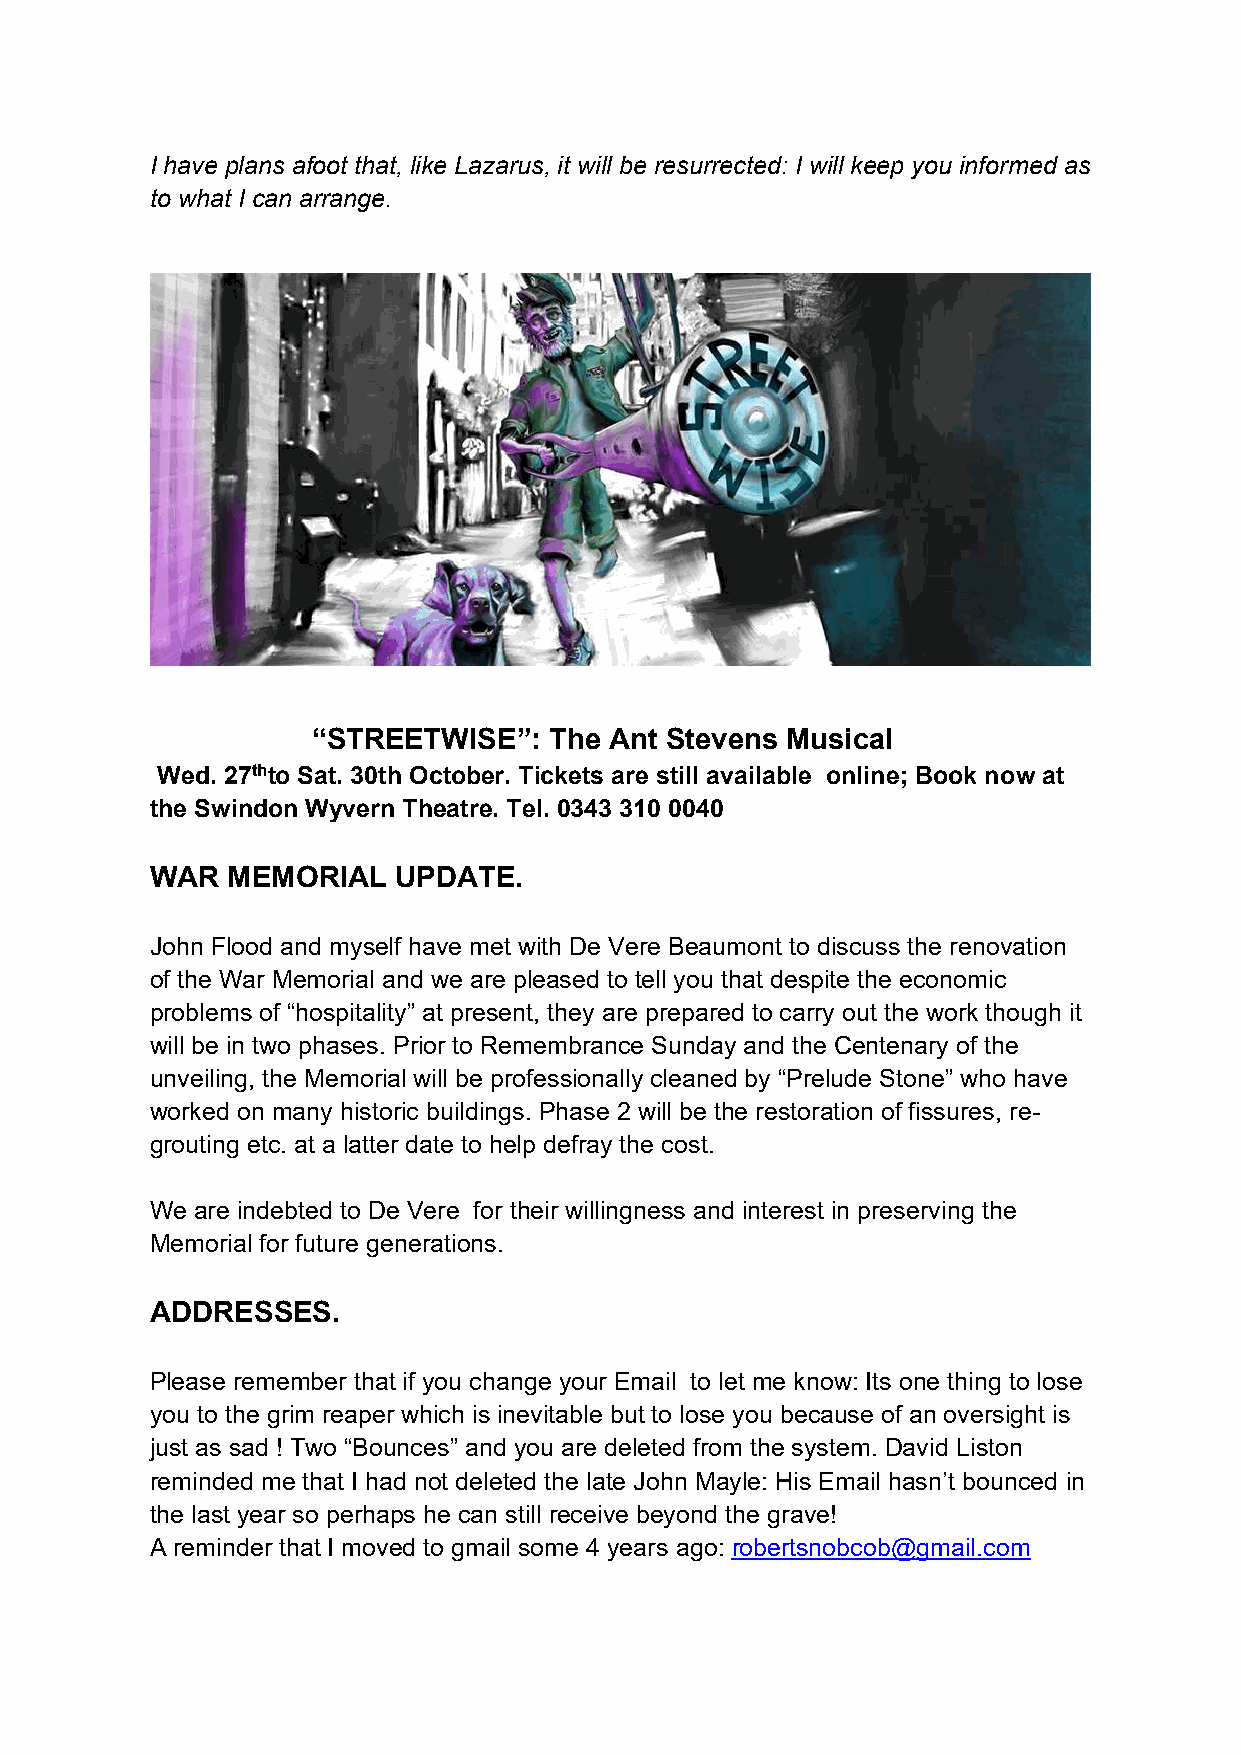
I have plans afoot that, like Lazarus, it will be resurrected: I will keep you informed as
 to what I can arrange.
 “STREETWISE”:  The Ant Stevens Musical
 Wed. 27thto Sat. 30th October. Tickets are still available online; Book now at
 the Swindon Wyvern Theatre. Tel. 0343 310 0040
 WAR  MEMORIAL   UPDATE.
 John Flood and myself have met with De Vere Beaumont to discuss the renovation
 of the War Memorial and we are pleased to tell you that despite the economic
 problems of “hospitality” at present, they are prepared to carry out the work though it
 will be in two phases. Prior to Remembrance Sunday and the Centenary of the
 unveiling, the Memorial will be professionally cleaned by “Prelude Stone” who have
 worked on many historic buildings. Phase 2 will be the restoration of fissures, re-
 grouting etc. at a latter date to help defray the cost.
 We are indebted to De Vere for their willingness and interest in preserving the
 Memorial for future generations.
 ADDRESSES.
 Please remember that if you change your Email to let me know: Its one thing to lose
 you to the grim reaper which is inevitable but to lose you because of an oversight is
 just as sad ! Two “Bounces” and you are deleted from the system. David Liston
 reminded me that I had not deleted the late John Mayle: His Email hasn’t bounced in
 the last year so perhaps he can still receive beyond the grave!
 A reminder that I moved to gmail some 4 years ago: robertsnobcob@gmail.com